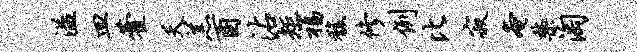
溢皿藿夭羔酉沾矩福馥修例比寂奄禁淘